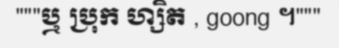
"""ឬ ប្រុក ហ្សិត , goong ។"""